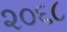
૨૦૬૮